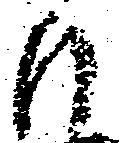
も